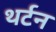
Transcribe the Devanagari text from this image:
थर्टन